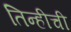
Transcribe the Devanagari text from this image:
तिन्हीची